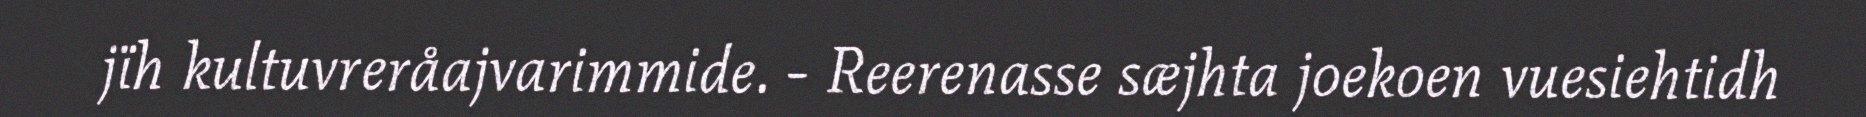
jïh kultuvreråajvarimmide. - Reerenasse sæjhta joekoen vuesiehtidh